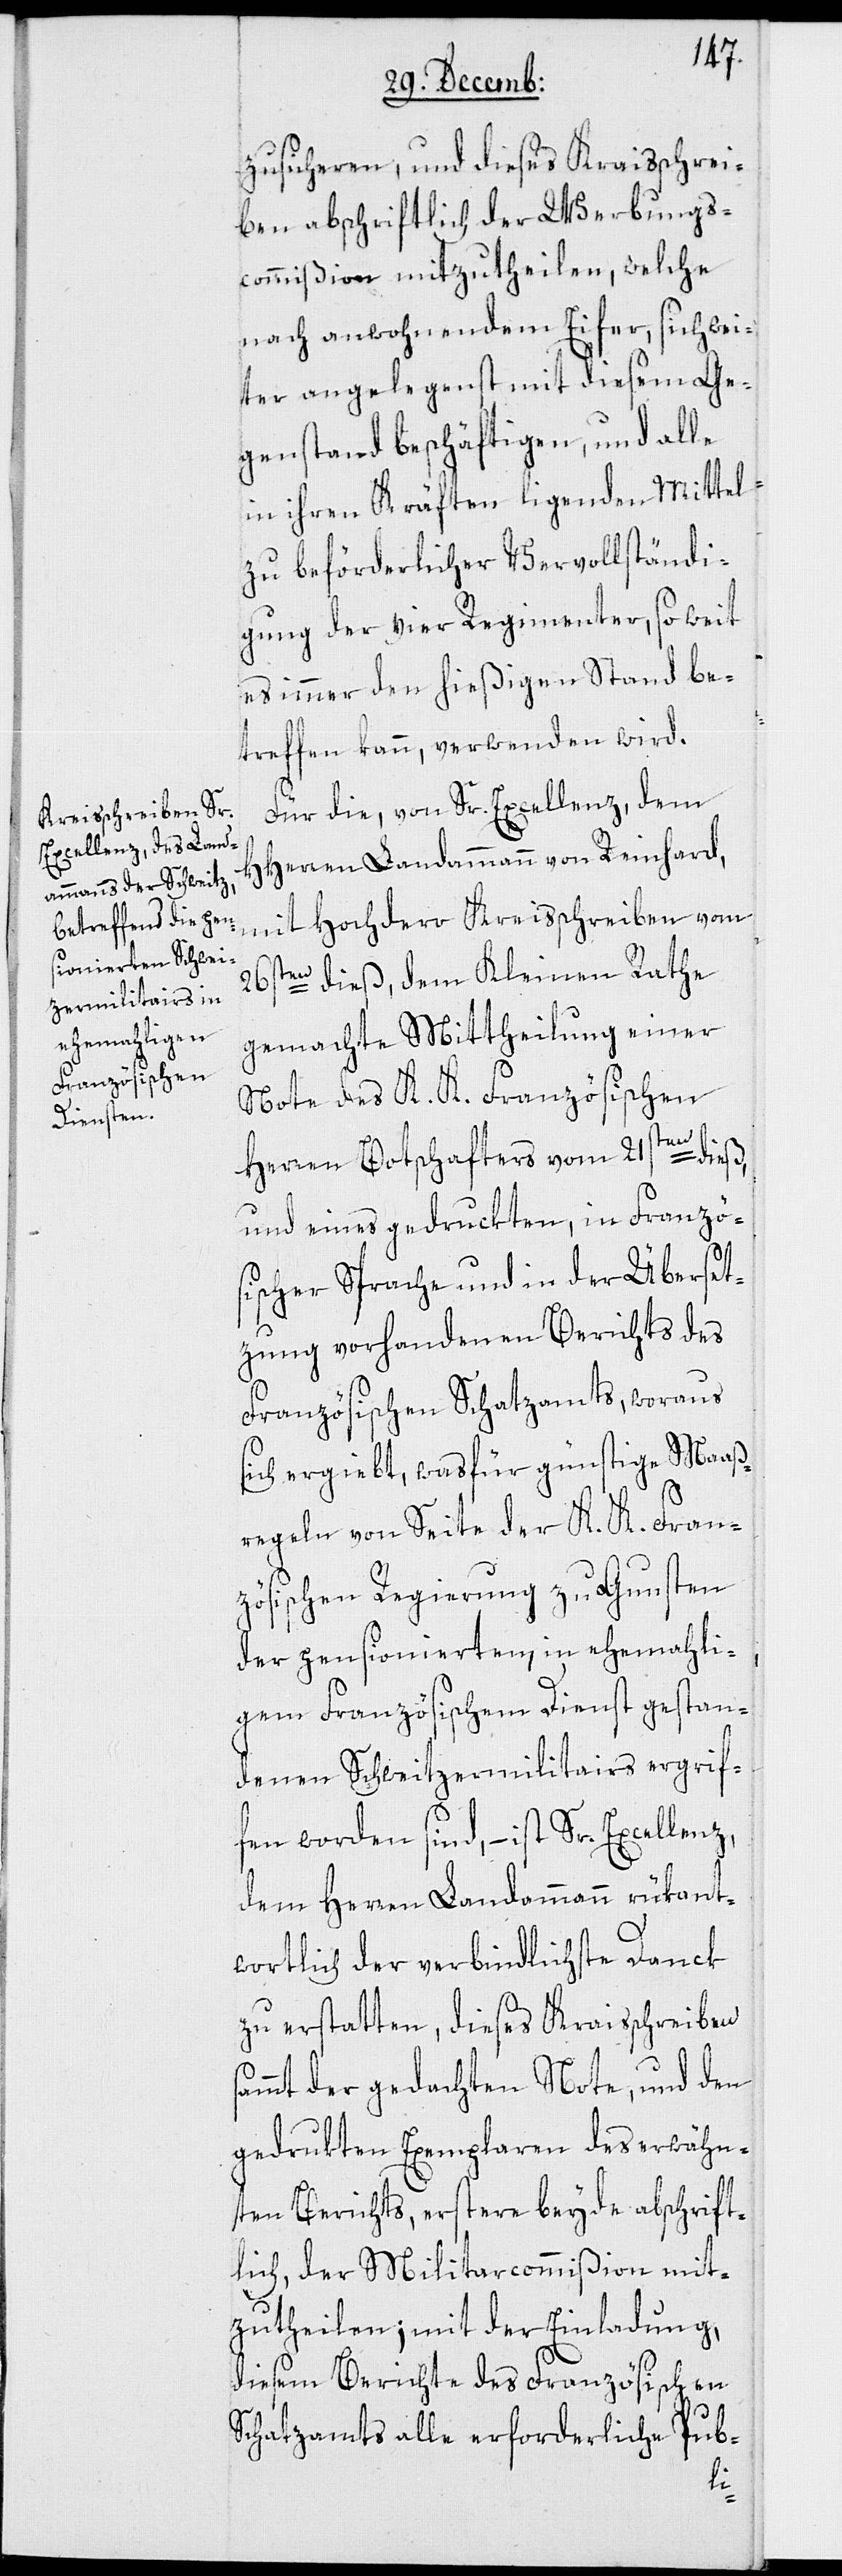
zusicheren, und dieses Kraisschrei¬
ben abschriftlich der Werbungs¬
commißion mitzutheilen, welche
nach anwohnendem Eifer, sich wei¬
ter angelegenst mit diesem Ge¬
genstand beschäftigen, und alle
in ihren Kräften ligenden Mittel
zu beförderlicher Vervollständi¬
gung der vier Regimenter, so weit
es immer den hießigen Stand be¬
treffen kann, verwenden wird.
Für die, von Sr. Excellenz dem
HHerren Landammann von Reinhard,
mit Hochdero Kreisschreiben vom
26sten dieß, dem Kleinen Rathe
gemachte Mittheilung einer
Note des K. K. Französischen
Herren Botschafters vom 21sten dieß,
und eines gedruckten, in Französ¬
ischer Sprache in der Überset¬
zung vorhandenen Berichts des
Französischen Schatzamts, woraus
sich ergiebt, was für günstige Maaß¬
regeln von Seite der K. K. Fran¬
zösischen Regierung zu Gunsten
der pensionierten, in ehemahli¬
gem Französischem Dienst gestan¬
denen Schweizermilitairs ergrif¬
fen worden sind, – ist Sr. Excellenz,
dem Herren Landammann rükant¬
wortlich der verbindlichste Danck
zu erstatten, dieses Kraisschreiben
sammt der gedachten Note, und den
gedrukten Exemplaren des erwähn¬
ten Berichts, erstere beyde abschrift¬
lich, der Miliarcommißion mit¬
zutheilen; mit der Einladung,
diesem Berichte des Französischen
Schatzamts alle erforderliche Pub-